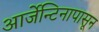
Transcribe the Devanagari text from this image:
आर्जेन्टिनापासून